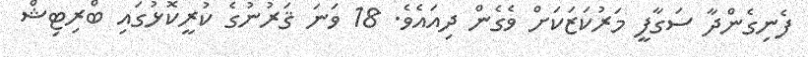
ފެނިގެންދާ ސަގާފީ މަރުކަޒަކަށް ވެގެން ދިއައެވެ. 18 ވަނަ ޤަރުނުގެ ކުރީކޮޅުގައި ބްރިޓިޝް